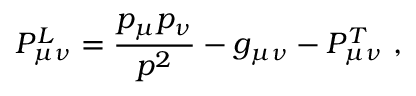
P _ { \mu \nu } ^ { L } = \frac { p _ { \mu } p _ { \nu } } { p ^ { 2 } } - g _ { \mu \nu } - P _ { \mu \nu } ^ { T } \ ,